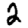
Digit: 2